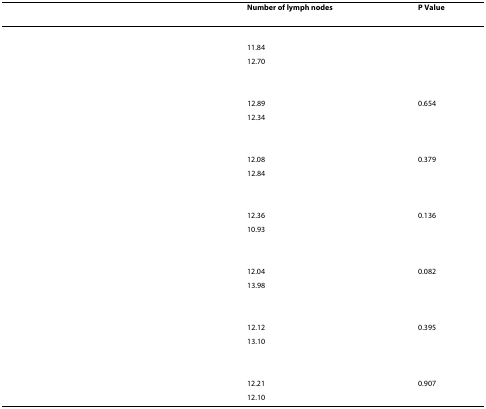
<table><thead><tr><td>[EMPTY_CELL]</td><td><b>Number of lymph nodes</b></td><td><b>P Value</b></td></tr></thead><tbody><tr><td>[EMPTY_CELL]</td><td>[EMPTY_CELL]</td><td>[EMPTY_CELL]</td></tr><tr><td>[EMPTY_CELL]</td><td>11.84</td><td>[EMPTY_CELL]</td></tr><tr><td>[EMPTY_CELL]</td><td>12.70</td><td>[EMPTY_CELL]</td></tr><tr><td>[EMPTY_CELL]</td><td>[EMPTY_CELL]</td><td>[EMPTY_CELL]</td></tr><tr><td>[EMPTY_CELL]</td><td>12.89</td><td>0.654</td></tr><tr><td>[EMPTY_CELL]</td><td>12.34</td><td>[EMPTY_CELL]</td></tr><tr><td>[EMPTY_CELL]</td><td>[EMPTY_CELL]</td><td>[EMPTY_CELL]</td></tr><tr><td>[EMPTY_CELL]</td><td>12.08</td><td>0.379</td></tr><tr><td>[EMPTY_CELL]</td><td>12.84</td><td>[EMPTY_CELL]</td></tr><tr><td>[EMPTY_CELL]</td><td>[EMPTY_CELL]</td><td>[EMPTY_CELL]</td></tr><tr><td>[EMPTY_CELL]</td><td>12.36</td><td>0.136</td></tr><tr><td>[EMPTY_CELL]</td><td>10.93</td><td>[EMPTY_CELL]</td></tr><tr><td>[EMPTY_CELL]</td><td>[EMPTY_CELL]</td><td>[EMPTY_CELL]</td></tr><tr><td>[EMPTY_CELL]</td><td>12.04</td><td>0.082</td></tr><tr><td>[EMPTY_CELL]</td><td>13.98</td><td>[EMPTY_CELL]</td></tr><tr><td>[EMPTY_CELL]</td><td>[EMPTY_CELL]</td><td>[EMPTY_CELL]</td></tr><tr><td>[EMPTY_CELL]</td><td>12.12</td><td>0.395</td></tr><tr><td>[EMPTY_CELL]</td><td>13.10</td><td>[EMPTY_CELL]</td></tr><tr><td>[EMPTY_CELL]</td><td>[EMPTY_CELL]</td><td>[EMPTY_CELL]</td></tr><tr><td>[EMPTY_CELL]</td><td>12.21</td><td>0.907</td></tr><tr><td>[EMPTY_CELL]</td><td>12.10</td><td>[EMPTY_CELL]</td></tr></tbody></table>